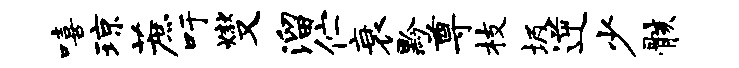
嘻琼蔗吁燮溜伫衰黔尊枝圾逆少骸